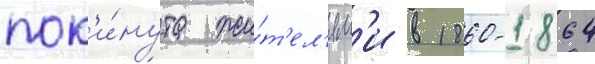
пок'и́нута жи́т'ел'ям'и в 1860-1864